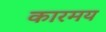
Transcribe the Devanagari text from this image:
कारमय